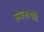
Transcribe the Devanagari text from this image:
समानार्थी।